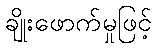
ချိုးဖောက်မှုဖြင့်